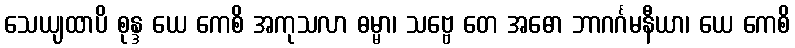
သေယျထာပိ စုန္ဒ ယေ ကေစိ အကုသလာ ဓမ္မာ၊ သဗ္ဗေ တေ အဓော ဘာဂင်္ဂမနီယာ၊ ယေ ကေစိ